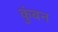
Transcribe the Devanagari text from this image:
कुंबन